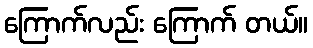
ကြောက်လည်း ကြောက် တယ်။